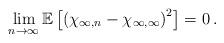
LaTeX: \begin{align*} \lim_{n\to\infty}\mathbb E\left[\left(\chi_{\infty,n}-\chi_{\infty,\infty}\right)^2\right]=0\,.\end{align*}